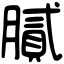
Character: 膩